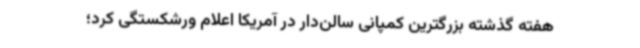
هفته گذشته بزرگترین کمپانی سالن‌دار در آمریکا اعلام ورشکستگی کرد؛